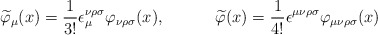
\begin{align*}\widetilde{\varphi }_\mu (x)=\frac 1{3!}\epsilon _\mu ^{\nu \rho \sigma}\varphi _{\nu \rho \sigma }(x),\hspace{0.5in}\widetilde{\varphi }(x)=\frac1{4!}\epsilon ^{\mu \nu \rho \sigma }\varphi _{\mu \nu \rho \sigma }(x)\end{align*}